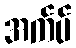
အက်ပ်